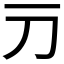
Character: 𬺳